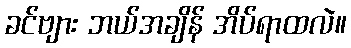
ခင်ဗျား ဘယ်အချိန် အိပ်ရာထလဲ။